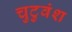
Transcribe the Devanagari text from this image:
चुटुवंश